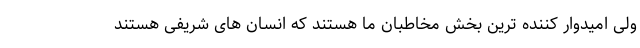
ولی امیدوار کننده ترین بخش مخاطبان ما هستند که انسان های شریفی هستند